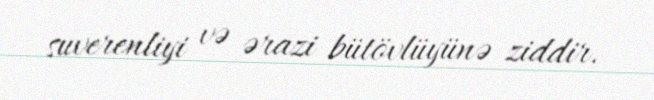
suverenliyi və ərazi bütövlüyünə ziddir.